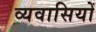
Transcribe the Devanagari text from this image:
व्यवासियों